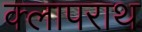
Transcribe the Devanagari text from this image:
क्लापराथ